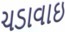
ચડાવાઇ